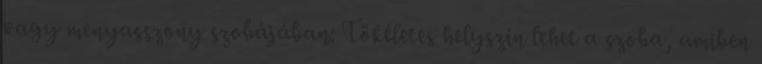
vagy menyasszony szobájában: Tökéletes helyszín lehet a szoba, amiben